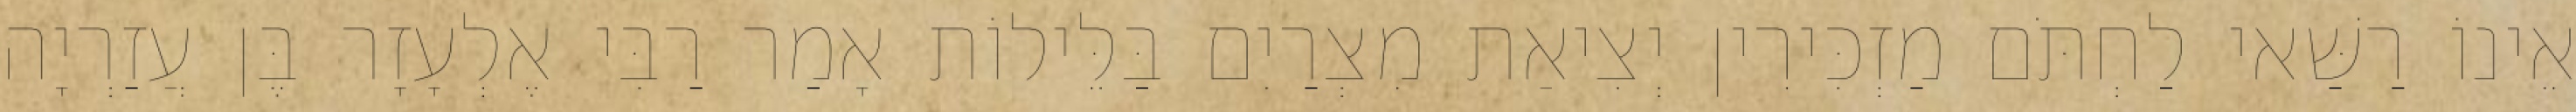
אֵינוֹ רַשַּׁאי לַחְתֹּם מַזְכִּירִין יְצִיאַת מִצְרַיִם בַּלֵּילוֹת אָמַר רַבִּי אֶלְעָזָר בֶּן עֲזַרְיָה